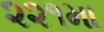
૨૨૧મા